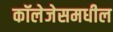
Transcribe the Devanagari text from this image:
कॉलेजेसमधील